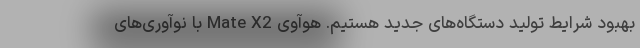
بهبود شرایط تولید دستگاه‌های جدید هستیم. هوآوی Mate X2 با نوآوری‌های